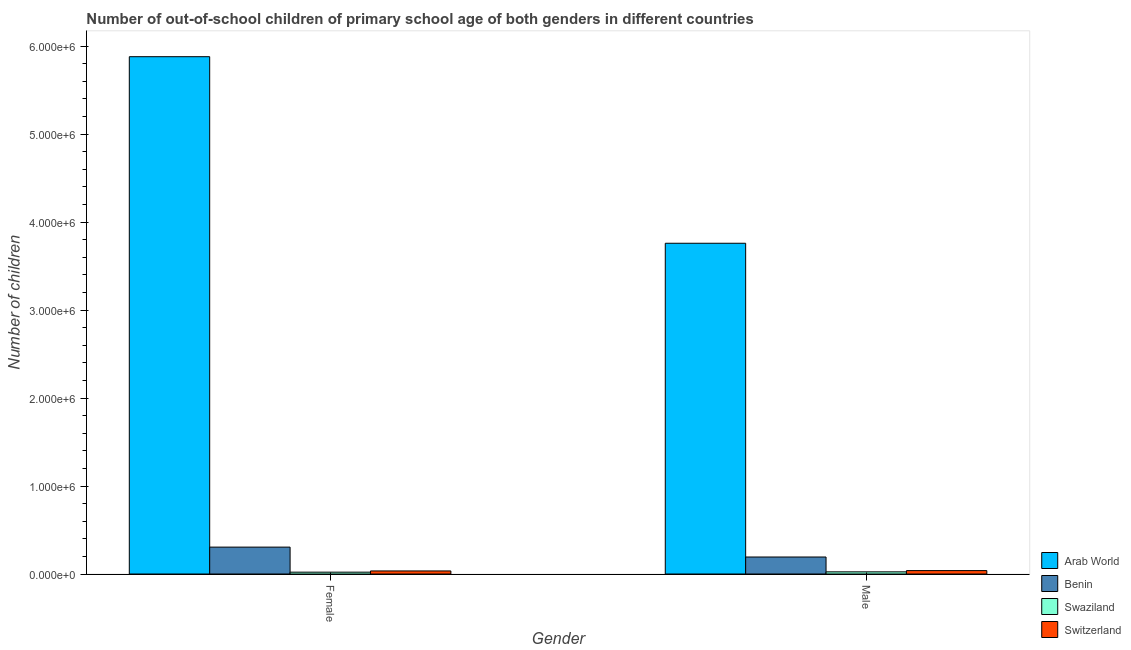
| Gender | Arab World | Benin | Swaziland | Switzerland |
 | --- | --- | --- | --- | --- |
 | Female | 5.88e+06 | 3.06e+05 | 2.09e+04 | 3.48e+04 |
 | Male | 3.76e+06 | 1.93e+05 | 2.45e+04 | 3.87e+04 |